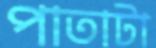
পাতাটা